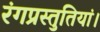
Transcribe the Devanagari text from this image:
रंगप्रस्तुतियां।